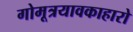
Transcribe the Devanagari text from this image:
गोमूत्रयावकाहारो